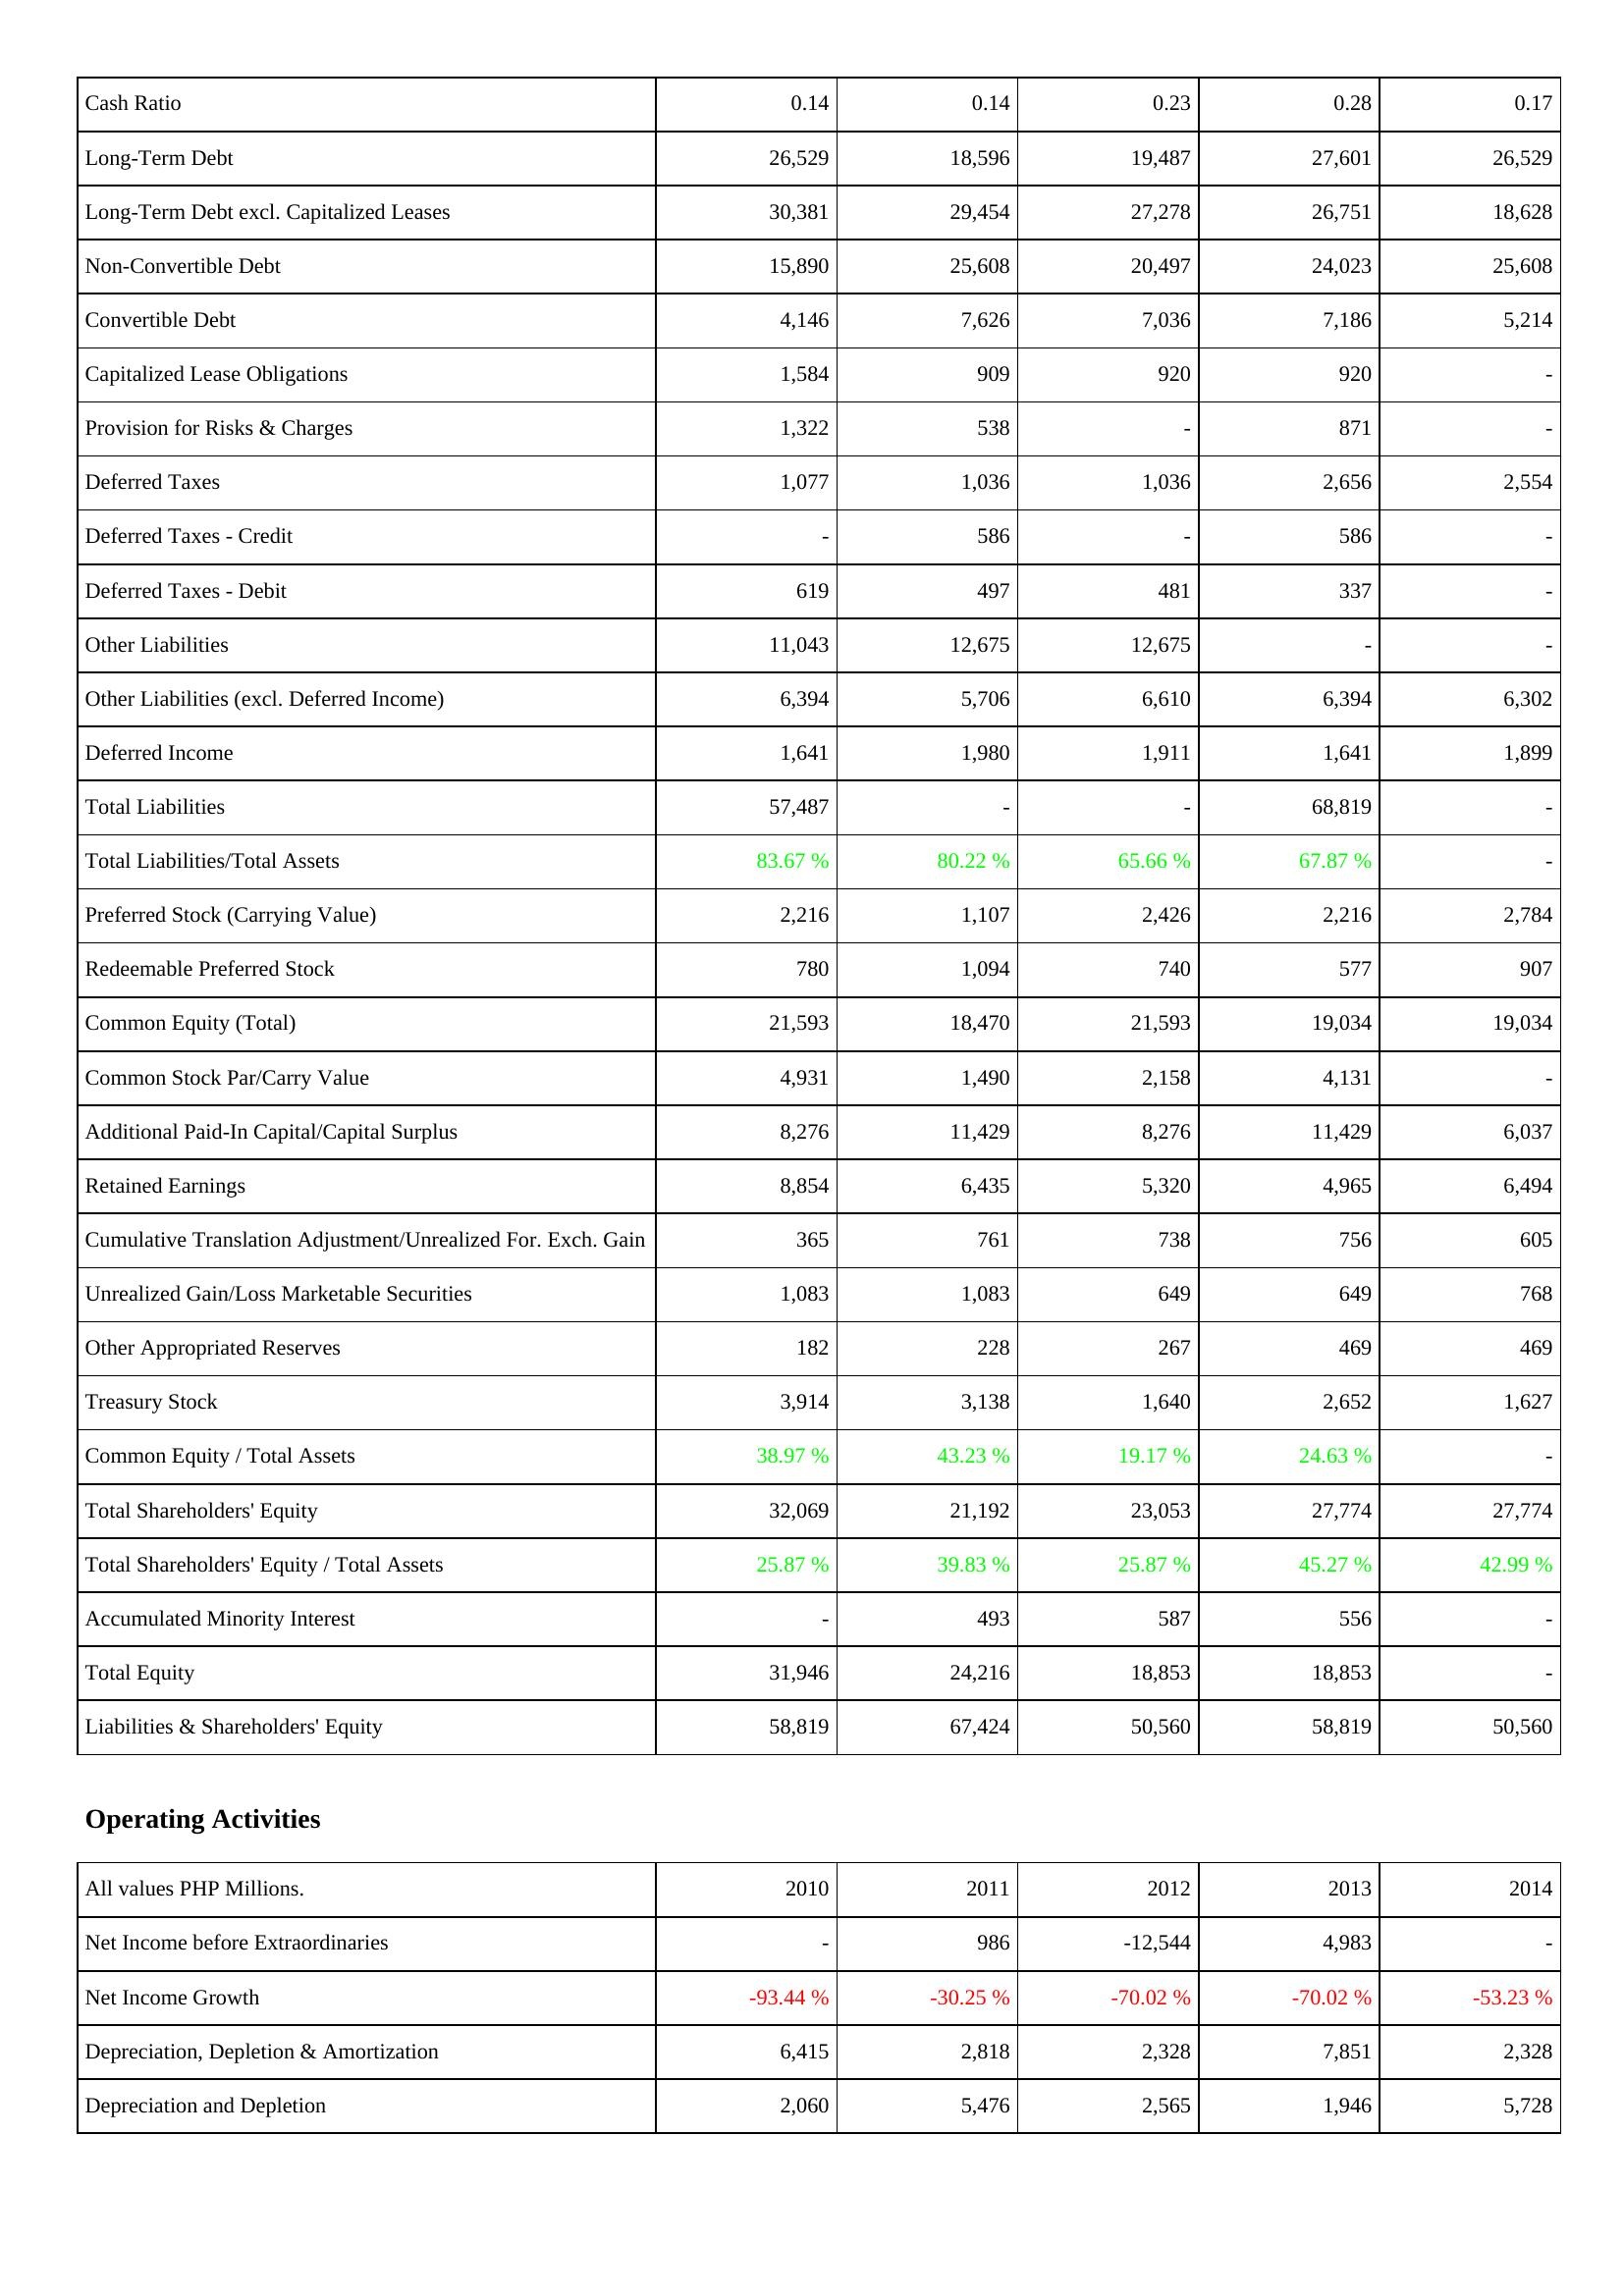
2010: Liabilities & Shareholders' Equity: Cash Ratio: 0.14
Long-Term Debt: 26,529
Long-Term Debt excl. Capitalized Leases: 30,381
Non-Convertible Debt: 15,890
Convertible Debt: 4,146
Capitalized Lease Obligations: 1,584
Provision for Risks & Charges: 1,322
Deferred Taxes: 1,077
Deferred Taxes - Credit: -
Deferred Taxes - Debit: 619
Other Liabilities: 11,043
Other Liabilities (excl. Deferred Income): 6,394
Deferred Income: 1,641
Total Liabilities: 57,487
Total Liabilities/Total Assets: 83.67 %
Preferred Stock (Carrying Value): 2,216
Redeemable Preferred Stock: 780
Common Equity (Total): 21,593
Common Stock Par/Carry Value: 4,931
Additional Paid-In Capital/Capital Surplus: 8,276
Retained Earnings: 8,854
Cumulative Translation Adjustment/Unrealized For. Exch. Gain: 365
Unrealized Gain/Loss Marketable Securities: 1,083
Other Appropriated Reserves: 182
Treasury Stock: 3,914
Common Equity / Total Assets: 38.97 %
Total Shareholders' Equity: 32,069
Total Shareholders' Equity / Total Assets: 25.87 %
Accumulated Minority Interest: -
Total Equity: 31,946
Liabilities & Shareholders' Equity: 58,819
Operating Activities: Net Income before Extraordinaries: -
Net Income Growth: -93.44 %
Depreciation, Depletion & Amortization: 6,415
Depreciation and Depletion: 2,060
2011: Liabilities & Shareholders' Equity: Cash Ratio: 0.14
Long-Term Debt: 18,596
Long-Term Debt excl. Capitalized Leases: 29,454
Non-Convertible Debt: 25,608
Convertible Debt: 7,626
Capitalized Lease Obligations: 909
Provision for Risks & Charges: 538
Deferred Taxes: 1,036
Deferred Taxes - Credit: 586
Deferred Taxes - Debit: 497
Other Liabilities: 12,675
Other Liabilities (excl. Deferred Income): 5,706
Deferred Income: 1,980
Total Liabilities: -
Total Liabilities/Total Assets: 80.22 %
Preferred Stock (Carrying Value): 1,107
Redeemable Preferred Stock: 1,094
Common Equity (Total): 18,470
Common Stock Par/Carry Value: 1,490
Additional Paid-In Capital/Capital Surplus: 11,429
Retained Earnings: 6,435
Cumulative Translation Adjustment/Unrealized For. Exch. Gain: 761
Unrealized Gain/Loss Marketable Securities: 1,083
Other Appropriated Reserves: 228
Treasury Stock: 3,138
Common Equity / Total Assets: 43.23 %
Total Shareholders' Equity: 21,192
Total Shareholders' Equity / Total Assets: 39.83 %
Accumulated Minority Interest: 493
Total Equity: 24,216
Liabilities & Shareholders' Equity: 67,424
Operating Activities: Net Income before Extraordinaries: 986
Net Income Growth: -30.25 %
Depreciation, Depletion & Amortization: 2,818
Depreciation and Depletion: 5,476
2012: Liabilities & Shareholders' Equity: Cash Ratio: 0.23
Long-Term Debt: 19,487
Long-Term Debt excl. Capitalized Leases: 27,278
Non-Convertible Debt: 20,497
Convertible Debt: 7,036
Capitalized Lease Obligations: 920
Provision for Risks & Charges: -
Deferred Taxes: 1,036
Deferred Taxes - Credit: -
Deferred Taxes - Debit: 481
Other Liabilities: 12,675
Other Liabilities (excl. Deferred Income): 6,610
Deferred Income: 1,911
Total Liabilities: -
Total Liabilities/Total Assets: 65.66 %
Preferred Stock (Carrying Value): 2,426
Redeemable Preferred Stock: 740
Common Equity (Total): 21,593
Common Stock Par/Carry Value: 2,158
Additional Paid-In Capital/Capital Surplus: 8,276
Retained Earnings: 5,320
Cumulative Translation Adjustment/Unrealized For. Exch. Gain: 738
Unrealized Gain/Loss Marketable Securities: 649
Other Appropriated Reserves: 267
Treasury Stock: 1,640
Common Equity / Total Assets: 19.17 %
Total Shareholders' Equity: 23,053
Total Shareholders' Equity / Total Assets: 25.87 %
Accumulated Minority Interest: 587
Total Equity: 18,853
Liabilities & Shareholders' Equity: 50,560
Operating Activities: Net Income before Extraordinaries: -12,544
Net Income Growth: -70.02 %
Depreciation, Depletion & Amortization: 2,328
Depreciation and Depletion: 2,565
2013: Liabilities & Shareholders' Equity: Cash Ratio: 0.28
Long-Term Debt: 27,601
Long-Term Debt excl. Capitalized Leases: 26,751
Non-Convertible Debt: 24,023
Convertible Debt: 7,186
Capitalized Lease Obligations: 920
Provision for Risks & Charges: 871
Deferred Taxes: 2,656
Deferred Taxes - Credit: 586
Deferred Taxes - Debit: 337
Other Liabilities: -
Other Liabilities (excl. Deferred Income): 6,394
Deferred Income: 1,641
Total Liabilities: 68,819
Total Liabilities/Total Assets: 67.87 %
Preferred Stock (Carrying Value): 2,216
Redeemable Preferred Stock: 577
Common Equity (Total): 19,034
Common Stock Par/Carry Value: 4,131
Additional Paid-In Capital/Capital Surplus: 11,429
Retained Earnings: 4,965
Cumulative Translation Adjustment/Unrealized For. Exch. Gain: 756
Unrealized Gain/Loss Marketable Securities: 649
Other Appropriated Reserves: 469
Treasury Stock: 2,652
Common Equity / Total Assets: 24.63 %
Total Shareholders' Equity: 27,774
Total Shareholders' Equity / Total Assets: 45.27 %
Accumulated Minority Interest: 556
Total Equity: 18,853
Liabilities & Shareholders' Equity: 58,819
Operating Activities: Net Income before Extraordinaries: 4,983
Net Income Growth: -70.02 %
Depreciation, Depletion & Amortization: 7,851
Depreciation and Depletion: 1,946
2014: Liabilities & Shareholders' Equity: Cash Ratio: 0.17
Long-Term Debt: 26,529
Long-Term Debt excl. Capitalized Leases: 18,628
Non-Convertible Debt: 25,608
Convertible Debt: 5,214
Capitalized Lease Obligations: -
Provision for Risks & Charges: -
Deferred Taxes: 2,554
Deferred Taxes - Credit: -
Deferred Taxes - Debit: -
Other Liabilities: -
Other Liabilities (excl. Deferred Income): 6,302
Deferred Income: 1,899
Total Liabilities: -
Total Liabilities/Total Assets: -
Preferred Stock (Carrying Value): 2,784
Redeemable Preferred Stock: 907
Common Equity (Total): 19,034
Common Stock Par/Carry Value: -
Additional Paid-In Capital/Capital Surplus: 6,037
Retained Earnings: 6,494
Cumulative Translation Adjustment/Unrealized For. Exch. Gain: 605
Unrealized Gain/Loss Marketable Securities: 768
Other Appropriated Reserves: 469
Treasury Stock: 1,627
Common Equity / Total Assets: -
Total Shareholders' Equity: 27,774
Total Shareholders' Equity / Total Assets: 42.99 %
Accumulated Minority Interest: -
Total Equity: -
Liabilities & Shareholders' Equity: 50,560
Operating Activities: Net Income before Extraordinaries: -
Net Income Growth: -53.23 %
Depreciation, Depletion & Amortization: 2,328
Depreciation and Depletion: 5,728